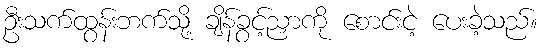
ဦးသက်ထွန်းဘက်သို့ ချိန်ခွင့်ညှာကို စောင်းငဲ့ ပေးခဲ့သည်။